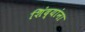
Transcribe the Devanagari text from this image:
शिंद्यांना